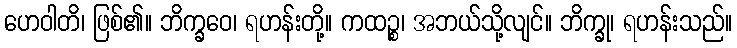
ဟေဝါတိ၊ ဖြစ်၏။ ဘိက္ခဝေ၊ ရဟန်းတို့။ ကထဉ္စ၊ အဘယ်သို့လျင်။ ဘိက္ခု၊ ရဟန်းသည်။